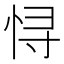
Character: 𱞕